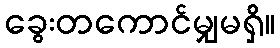
ခွေးတကောင်မျှမရှိ။